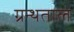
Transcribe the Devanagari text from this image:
ग्रन्थताल